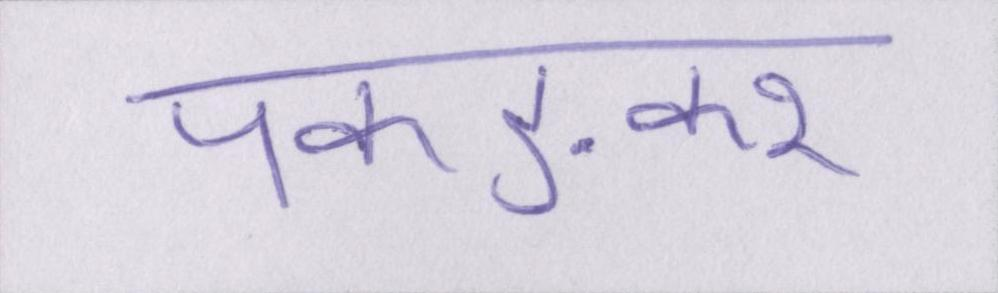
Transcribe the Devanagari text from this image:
पकङकर